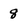
Character: 8